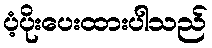
ပံ့ပိုးပေးထားပါသည်